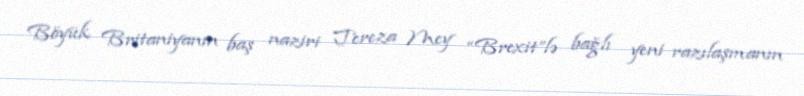
Böyük Britaniyanın baş naziri Tereza Mey “Brexit”lə bağlı yeni razılaşmanın